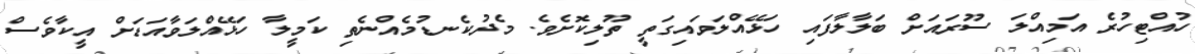
ހުއްޓިހުރެ އަމިއްލަ ސޫރައަށް ބަލާލާފައި ހަޅޭއްލަވައިގަތީ ތޫލިކޮށެވެ. މެދުކެނޑުމެއްނެތި ކަމީލާ ހަޅޭއްލަވާއަޑަށް އީކާވެސް